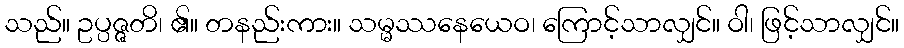
သည်။ ဥပ္ပဇ္ဇတိ၊ ၏။ တနည်းကား။ သမ္မဿနေယေဝ၊ ကြောင့်သာလျှင်။ ဝါ၊ ဖြင့်သာလျှင်။